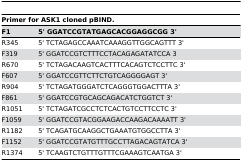
| <COLSPAN=2> Primer for ASK1 cloned pBIND. |
 | F1 | 5' GGATCCGTATGAGCACGGAGGCGG 3' |
 | --- | --- |
 | R345 | 5' TCTAGAGCCAAATCAAAGGTTGGCAGTTT 3' |
 | F319 | 5' GGATCCGTCTTTCCTACAGAGATATCCA 3 |
 | R670 | 5' TCTAGACAAGTCACTTTCACAGTCTCCTTC 3' |
 | F607 | 5' GGATCCGTTCTTCTGTCAGGGGAGT 3' |
 | R904 | 5' TCTAGATGGGATCTCAGGGTGGACTTTA 3' |
 | F861 | 5' GGATCCGTGCAGCAGACATCTGGTCT 3' |
 | R1051 | 5' TCTAGATCGCCTCTCACTGTCCTTCCTC 3' |
 | F1059 | 5' GGATCCGTACGGAAGACCAAGACAAAATT 3' |
 | R1182 | 5' TCAGATGCAAGGCTGAAATGTGGCCTTA 3' |
 | F1152 | 5' GGATCCGTATGTTTGCCTTAGACAGTATCA 3' |
 | R1374 | 5' TCAAGTCTGTTTGTTTCGAAAGTCAATGA 3' |